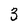
Character: 3